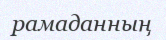
рамаданның